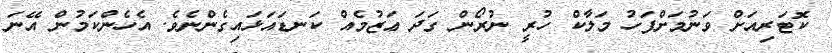
ކޮޓަރިއަށް ވަނުމަށްފަހު މަލާކް ހުރީ ނުރޯން ގަދަ ޢަޒުމެއް ކަނޑައަޅައިގެންނެވެ. އެހެންކަމުން އޭނަ